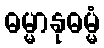
ဓမ္မာနုဓမ္မံ